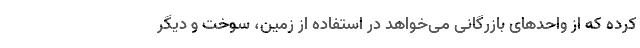
کرده که از واحدهای بازرگانی می‌خواهد در استفاده از زمین، سوخت و دیگر